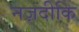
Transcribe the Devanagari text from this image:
नज़दीकि